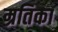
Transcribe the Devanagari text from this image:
म्रतिका